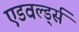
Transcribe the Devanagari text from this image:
एडवर्ल्ड्स